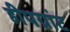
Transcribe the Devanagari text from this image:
हीपग्रांट